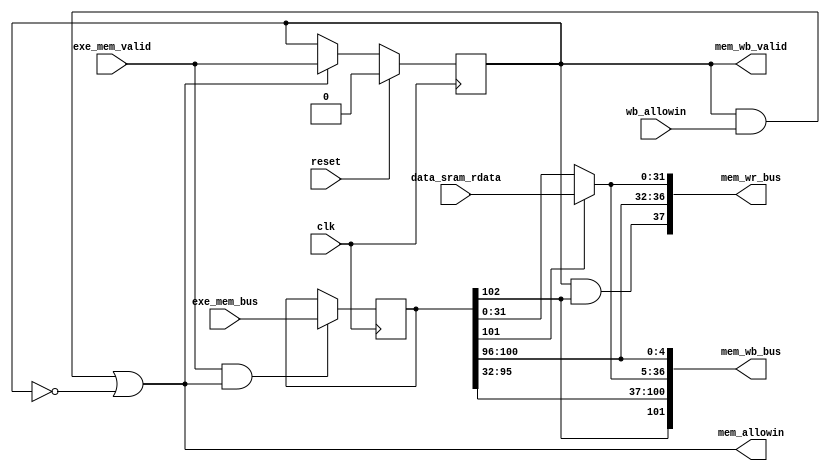
module MEM (
    input  wire          clk,
    input  wire          reset,

    input  wire         exe_mem_valid,
    output wire         mem_allowin,
    output wire         mem_wb_valid,
    input  wire         wb_allowin,

    input  wire [ 31:0] data_sram_rdata,

    input  wire [102:0] exe_mem_bus,
    output wire [101:0] mem_wb_bus,
    output wire [ 37:0] mem_wr_bus
);
    wire    [ 31:0] pc;
    wire    [ 31:0] inst;

    reg             mem_valid;
    wire            mem_ready_go;

    wire            gr_we;
    wire            res_from_mem;
    wire    [  4:0] dest;
    wire    [ 31:0] alu_result;
    wire    [ 31:0] final_result;

    reg     [102:0] exe_mem_bus_tmp;
    wire            mem_en_bypass;

    assign  mem_ready_go = 1'b1;
    assign  mem_wb_valid = mem_ready_go & mem_valid;
    assign  mem_allowin = mem_wb_valid & wb_allowin | ~mem_valid;
    always @(posedge clk) begin
        if (reset) begin
            mem_valid <= 1'b0;
        end
        else if(mem_allowin) begin
            mem_valid <= exe_mem_valid;
        end
    end

    always @(posedge clk) begin
        if (exe_mem_valid & mem_allowin) begin
            exe_mem_bus_tmp <= exe_mem_bus;
        end
    end
    assign  {gr_we, res_from_mem, dest, pc, inst, alu_result} = exe_mem_bus_tmp;
    assign  final_result = res_from_mem ? data_sram_rdata : alu_result;
    assign  mem_en_bypass = mem_valid & gr_we;
    assign  mem_wb_bus = {gr_we, pc, inst, final_result, dest};
    assign  mem_wr_bus = {mem_en_bypass, dest, final_result};
endmodule